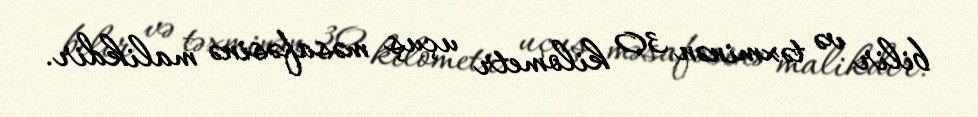
bilir və təxminən 30 kilometr uçuş məsafəsinə malikdir.